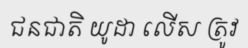
ជនជាតិ យូដា លើស ត្រូវ